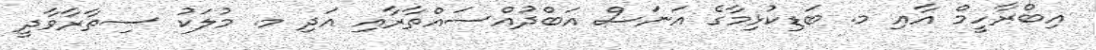
އިބްރާހީމް އާއި މ. ބަޑިކުޅިމާގެ އަނަސް އަބްދުއްސައްތާރާއި އަދި މ. މުލަކު ސިތާރާވާދީ